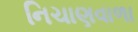
નિચાણવાળા